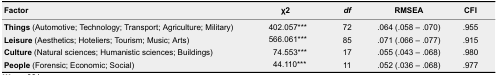
| Factor | χ2 | df | RMSEA | CFI |
 | --- | --- | --- | --- | --- |
 | Things (Automotive; Technology; Transport; Agriculture; Military) | 402.057*** | 72 | .064 (.058 – .070) | .955 |
 | Leisure (Aesthetics; Hoteliers; Tourism; Music; Arts) | 566.061*** | 85 | .071 (.066 – .077) | .915 |
 | Culture (Natural sciences; Humanistic sciences; Buildings) | 74.553*** | 17 | .055 (.043 – .068) | .980 |
 | People (Forensic; Economic; Social) | 44.110*** | 11 | .052 (.036 – .068) | .977 |